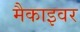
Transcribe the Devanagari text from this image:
मैकाइवर